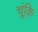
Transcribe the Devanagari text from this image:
चूंकि